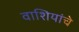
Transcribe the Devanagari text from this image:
वाशियांचे